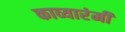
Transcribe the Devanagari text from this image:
काव्यारंमी